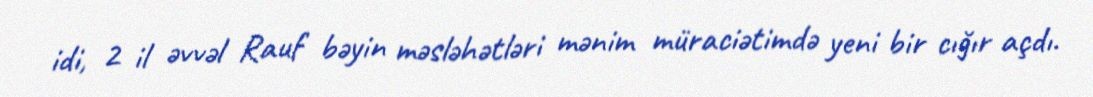
idi, 2 il əvvəl Rauf bəyin məsləhətləri mənim müraciətimdə yeni bir cığır açdı.